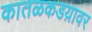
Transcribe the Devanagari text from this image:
कातळकडय़ावर